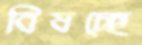
বিষচ্ছে